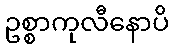
ဥစ္စာကုလီနောပိ